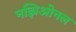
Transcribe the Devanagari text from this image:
नझिओनल